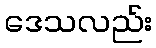
ဒေသလည်း